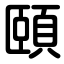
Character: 頤